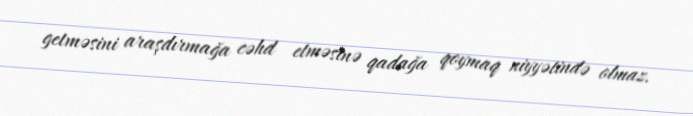
getməsini araşdırmağa cəhd etməsinə qadağa qoymaq niyyətində olmaz.